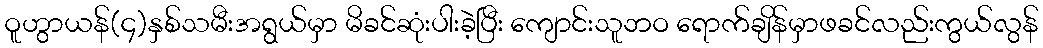
ဝူဟွာယန်(၄)နှစ်သမီးအရွယ်မှာ မိခင်ဆုံးပါးခဲ့ပြီး ကျောင်းသူဘဝ ရောက်ချိန်မှာဖခင်လည်းကွယ်လွန်